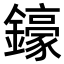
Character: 𨮙